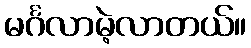
မင်္ဂလာမဲ့လာတယ်။